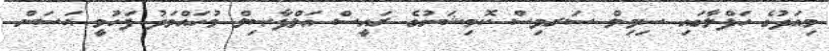
މިއަދުގެ ހަފްލާގައި ސިވިލް ސަރވިސް ކޮމިޝަނުގެ ރައީސް އަލްފާޞިލް މުހައްމަދު ފަހުމީ ޙަސަން